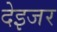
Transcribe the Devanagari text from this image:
देइजर